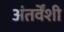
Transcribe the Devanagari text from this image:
अंतर्वेंशी